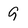
Character: 9